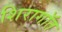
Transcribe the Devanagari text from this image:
शिरागॉत